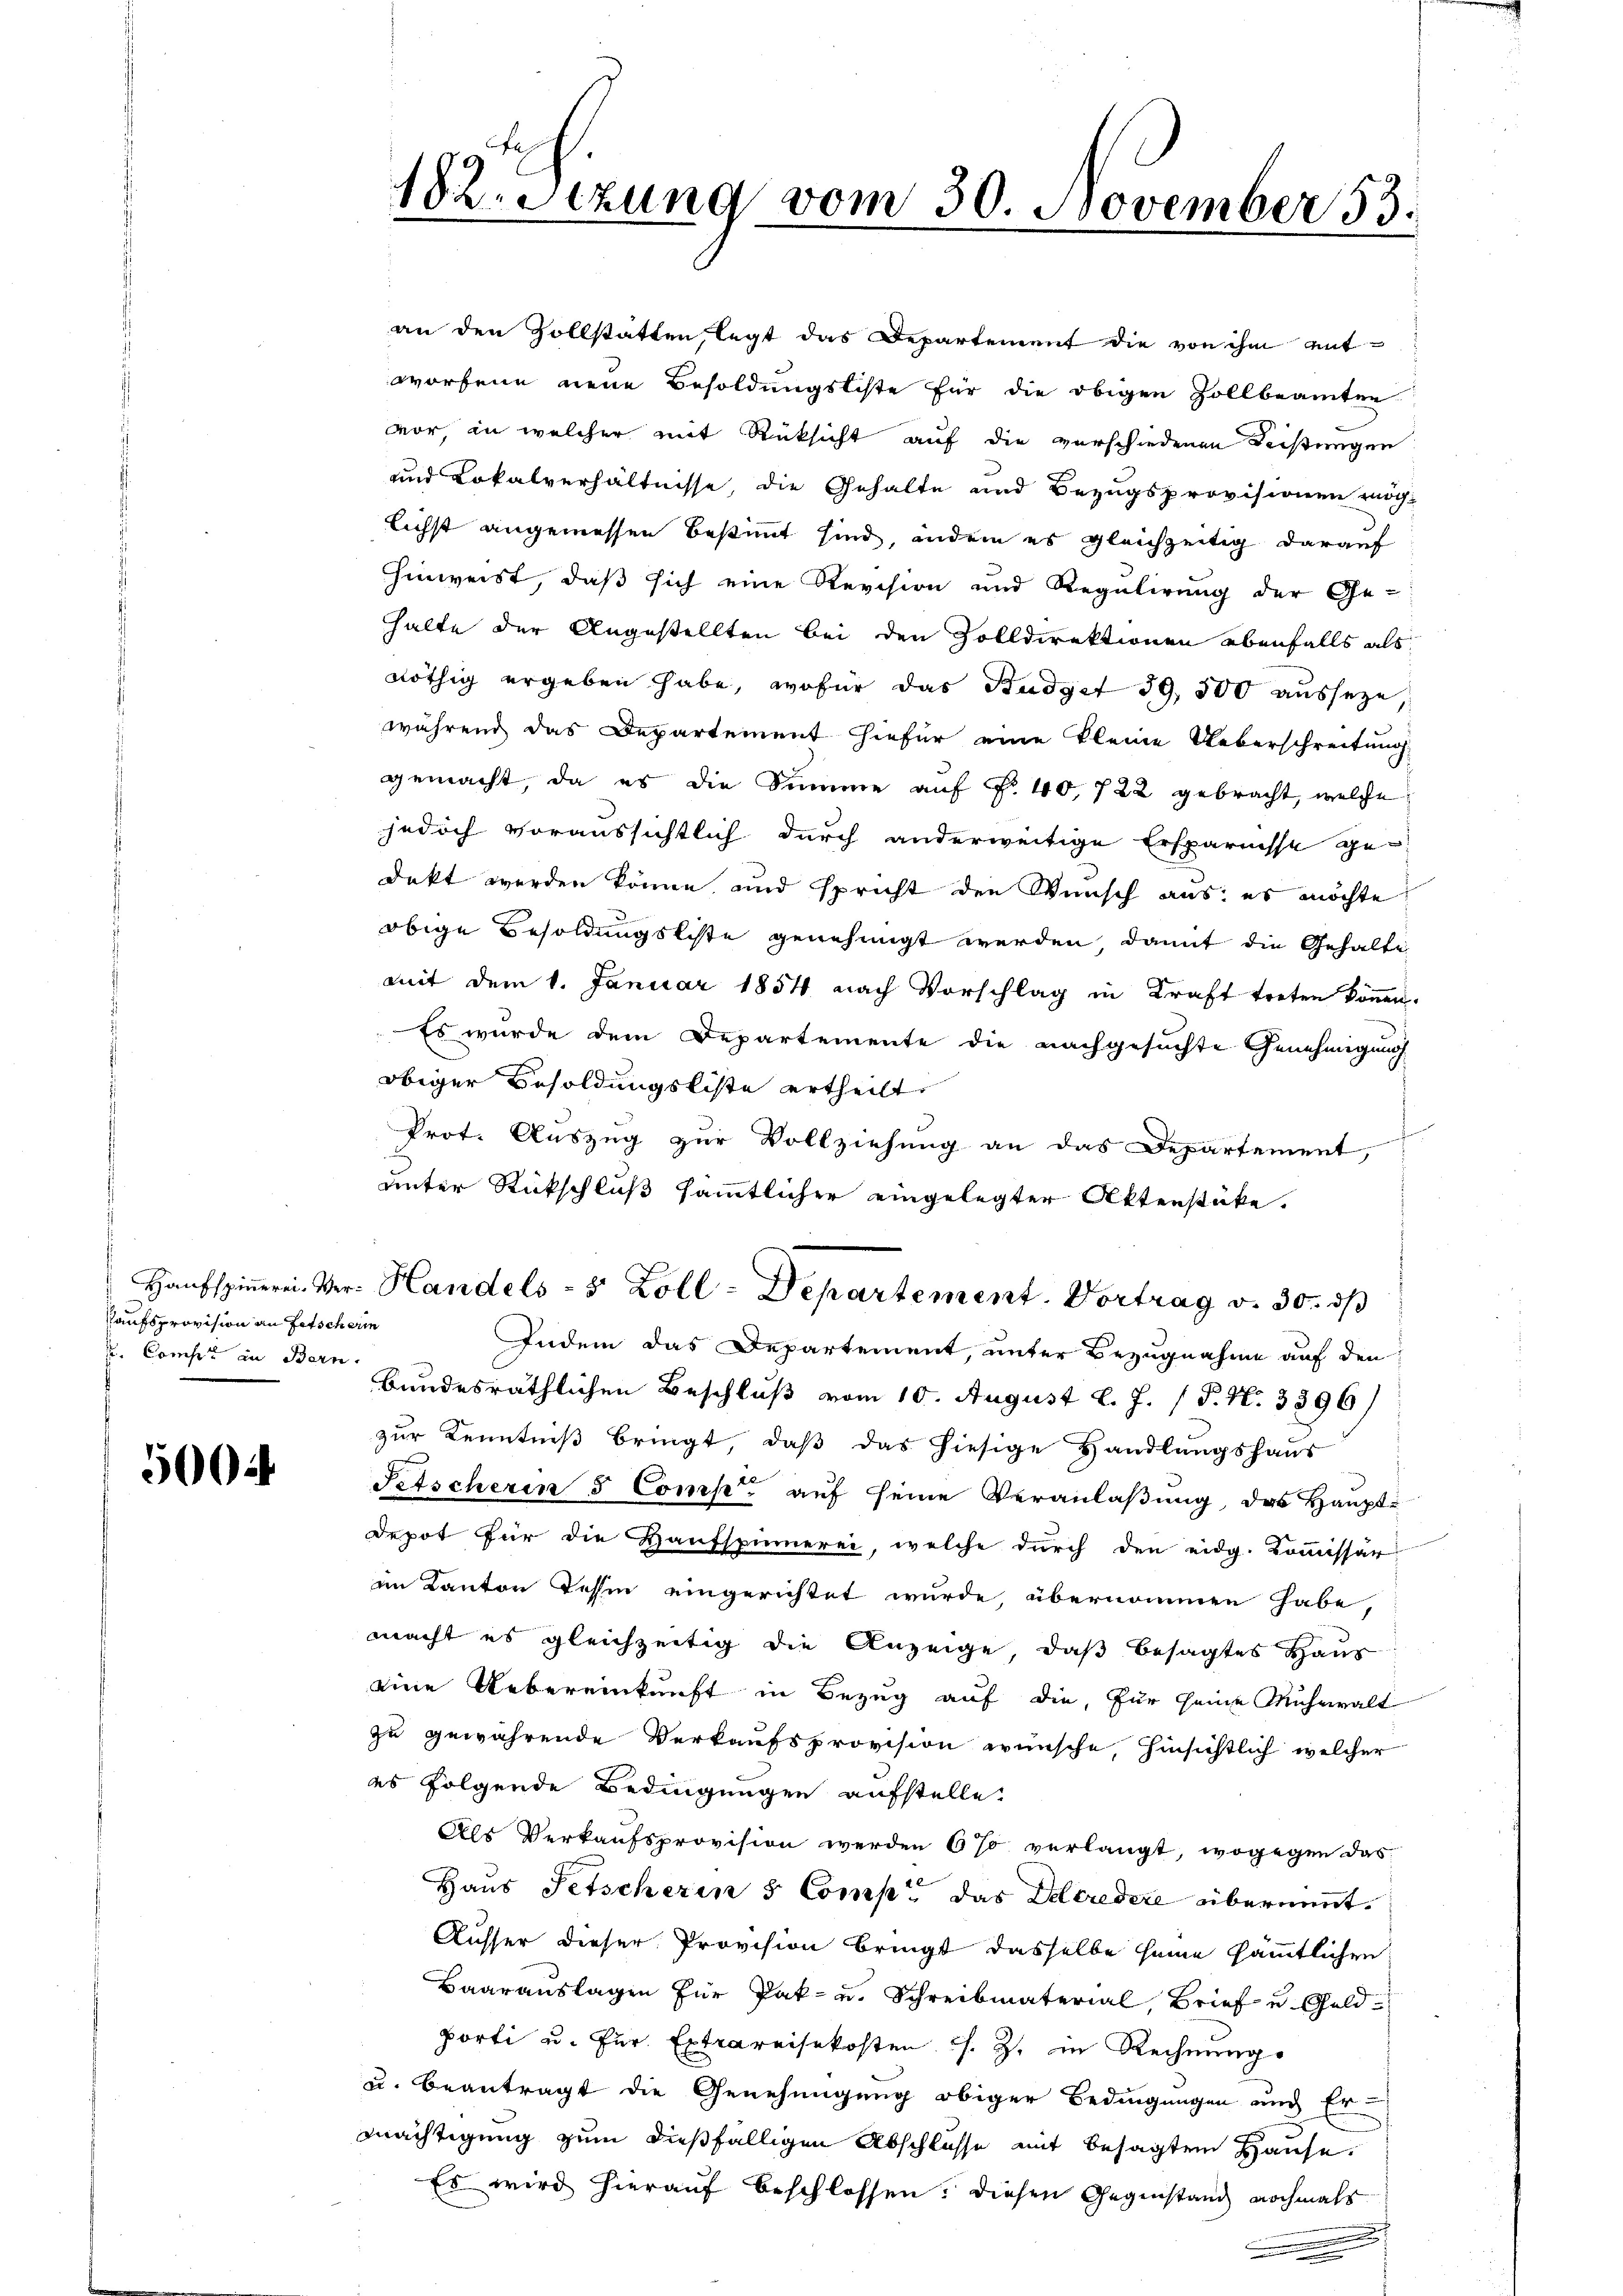
Kaufsprovision an Fetscherin
. Comper in Bern.

5004

an den Zollstatten, legt das Departement die von ihm entworfene neue Besoldungsliste für die obigen Zollbeamten
vor, in welcher mit Rücksicht auf die verschiedenen Leistungen
und Lokalverhältnisse, die Gehalte und Bezugsprovisionen möch-
lichst angemessen bestimmt sind, indem es gleichzeitig darauf
hinweist, daß sich eine Revision und Regulirung der Ge-
halte der Angestellten bei den Zolldirektionen ebenfalls als
nöthig ergeben habe, wofür das Budget 59, 500 ausseze,
während das Departement hiefür eine kleine Ueberschreitung
gemacht, da es die Summe auf Nr. 40, 722 gebracht, welche
jedoch voraussichtlich durch anderweitige Ersparnisse gedekt werden könne, und spricht den Wunsch aus: es möchte
obige Besoldungsliste genehmigt werden, damit die Gehalte
mit dem 1. Januar 1854 nach Vorschlag in Kraft treten können.
Es wurde dem Departemente die nachgesuchte Genehmigung
obiger Besoldungsliste ertheilt.
f
Prot. Auszug zur Vollziehung an das Departement,
unter Rückschluß sämmtlicher eingelegter Aktenstüke.
Hausspinnerei Ver- Handels- 8 Zoll-Departement. Vortrag v. 30. ds
Indem das Departement, unter Bezugnahme auf den
bundesräthlichen Beschluß vom 10. August l. J. P. Nr. 3396)
zur Kenntniß bringt, daß das hiesige Handlungshaus
Fetscherin 5 Comp. auf seine Veranlaßung, das Hauptdepot für die Haŭfspinnerei, welche dŭrch den eidg. Kommissär
im Kanton Tessin eingerichtet wurde, übernommen habe,
macht es gleichzeitig die Anzeige, daß besagtes Haus
eine Uebereinkunft in Bezug auf die, für seine Mühewalt
zu gewährende Verkaufsprovision wünsche, hinsichtlich welcher
es folgende Bedingungen aufstelle.
Als Verkaufsprovision werden 6 % verlangt, wogegen das
Haus Petscherin 5 Comp. das Delcredite übernennt.
Ausser dieser Provision bringt dasselbe seine sämmtlichen
Baarauslagen für Jak- u. Schreibmaterial, Brief und Geld-
porti u. fur. Extrareisekosten s. Z. in Rechnungs
u. beantragt die Genehmigung obiger Bedingungen auch Er¬
Mächtigung zum dießfälligen Abschlusse mit besagten Hause.
Es wird hierauf beschlossen: diesen Gegenstand nochmals
.

182. Sitzung vom 30. November 53.